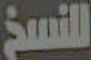
للنسخ